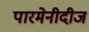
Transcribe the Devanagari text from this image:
पारमेनीदीज